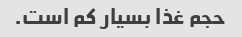
حجم غذا بسیار کم است.